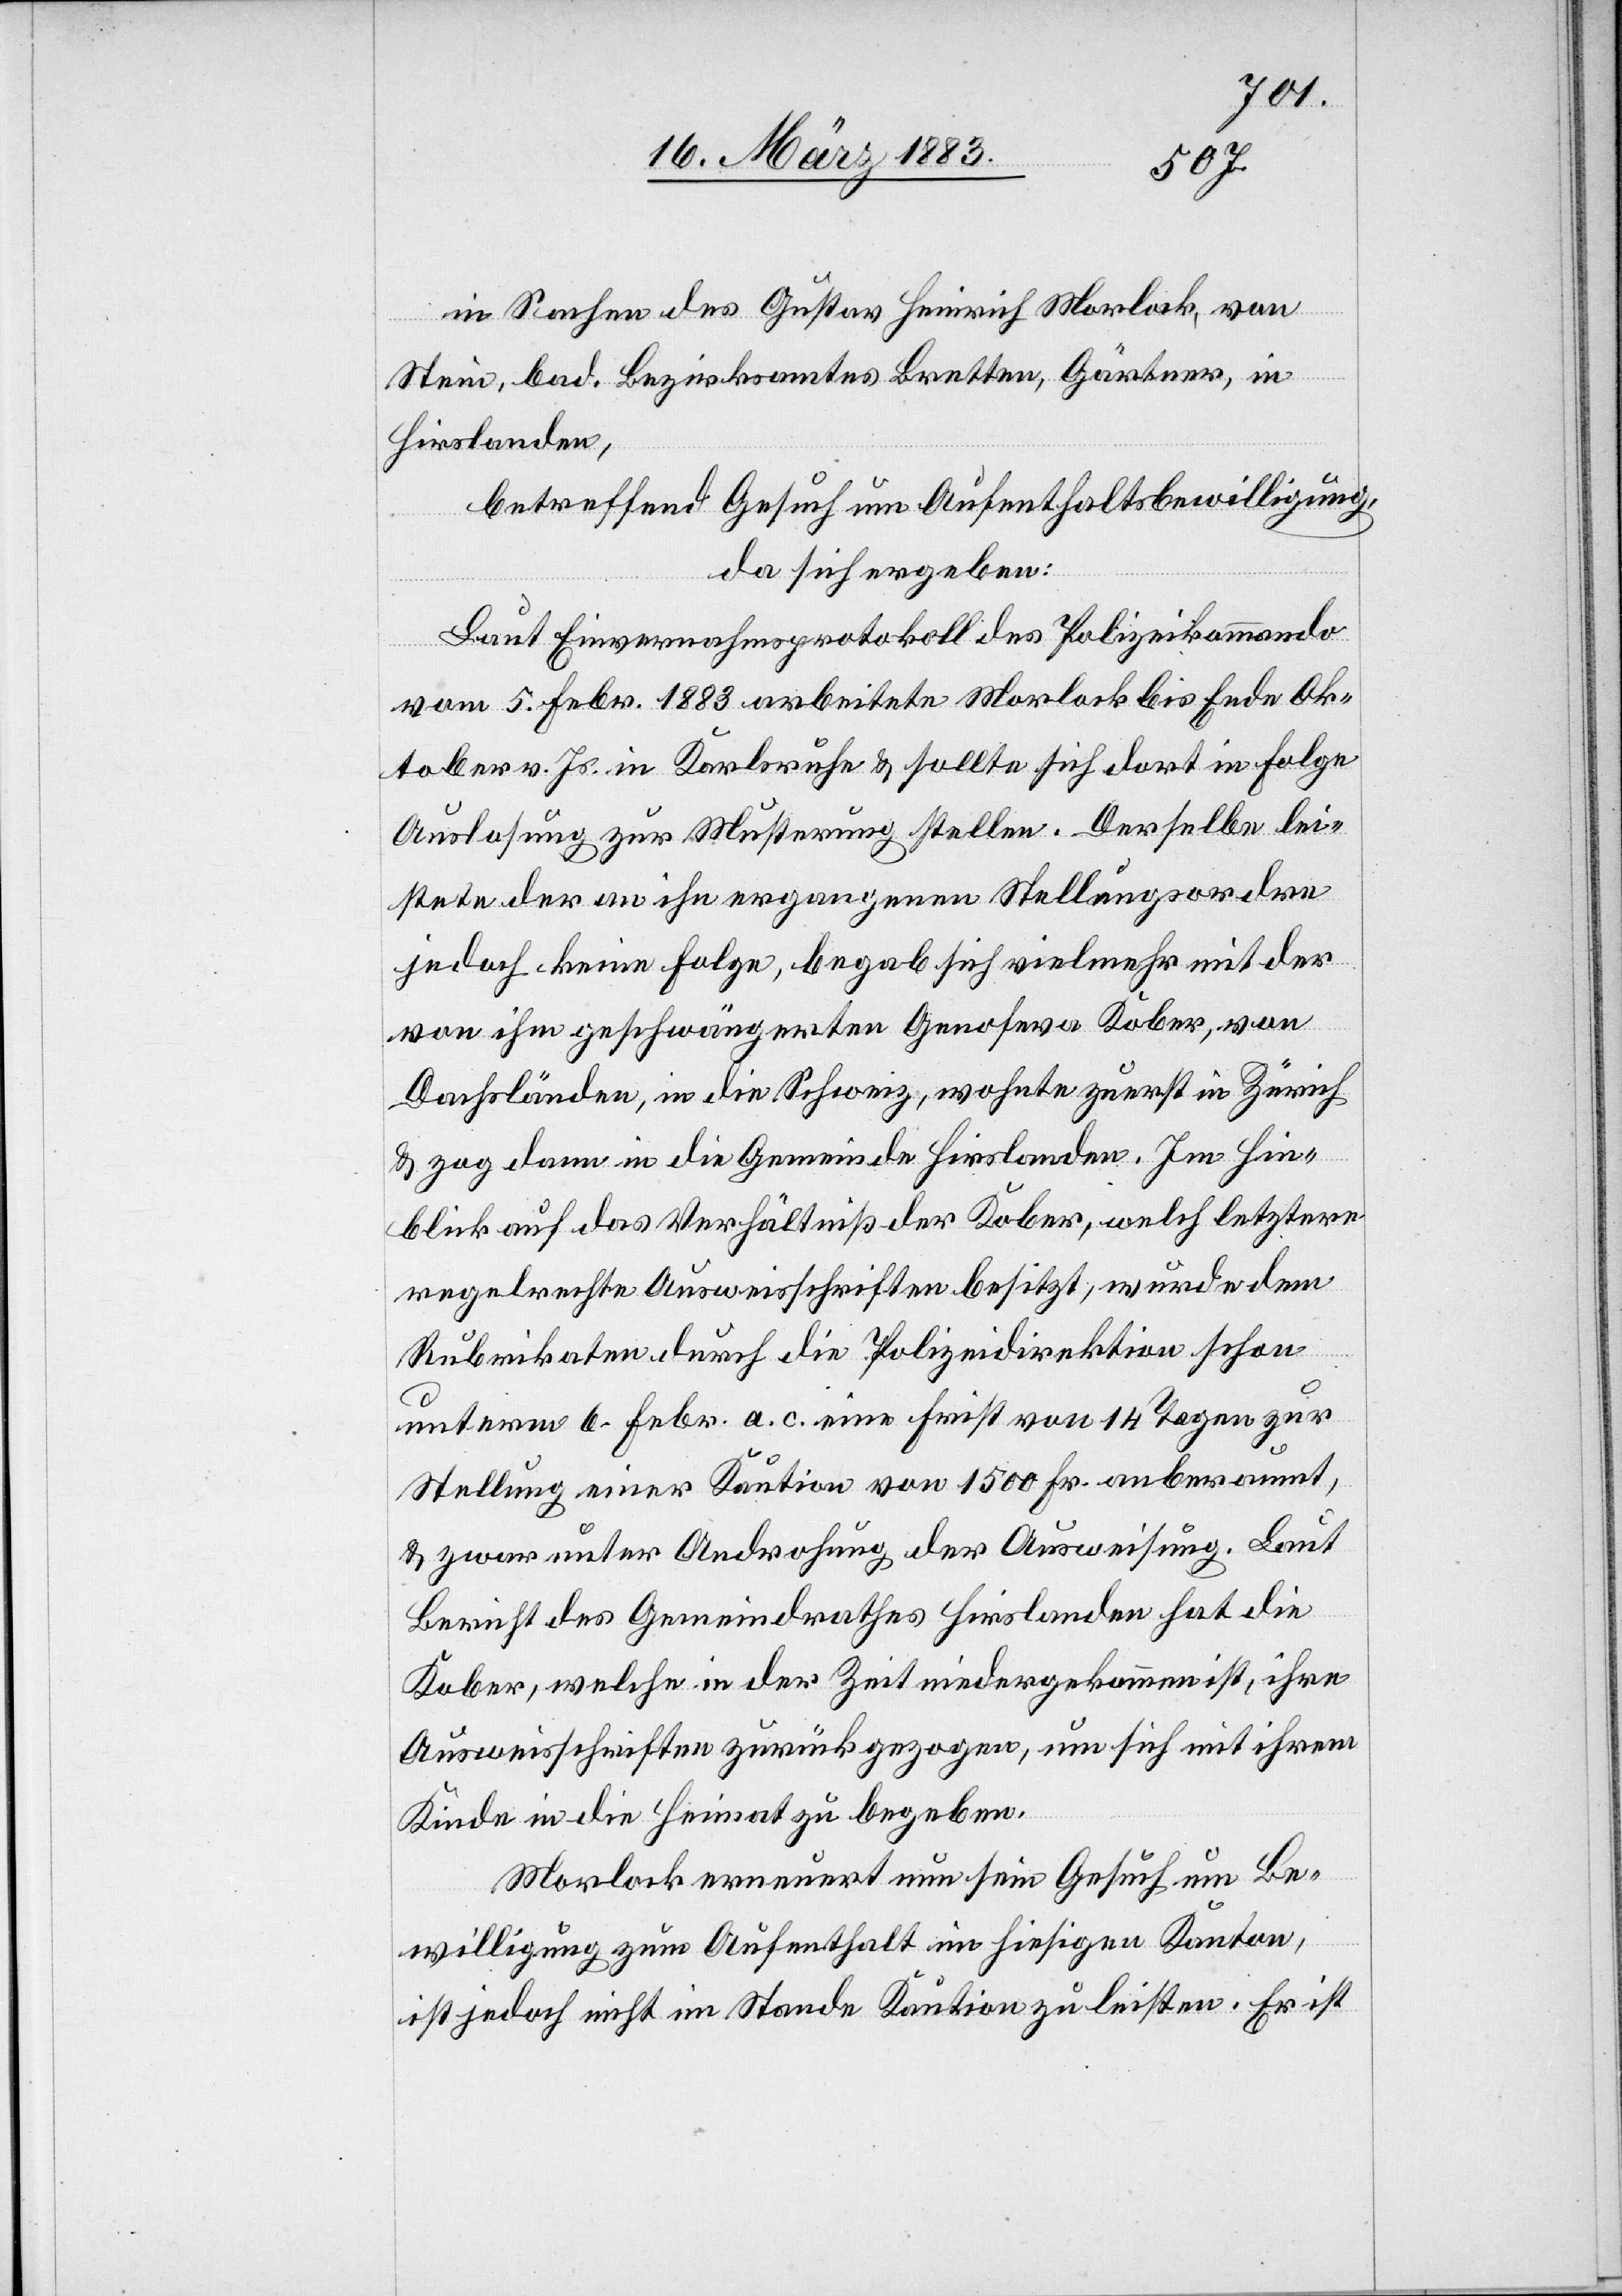
folgt.
ia
in
der